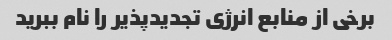
برخی از منابع انرژی تجدیدپذیر را نام ببرید